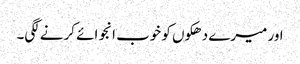
اور میرے دھکوں کو خوب انجوائے کرنے لگی۔